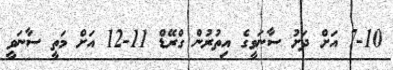
7-10 އަށް ދަށު ސާނަވީގެ އިތުރުން ގްރޭޑް 11-12 އަށް މަތީ ސާނަވީ